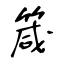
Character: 箴